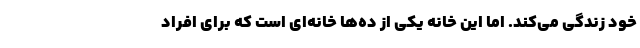
خود زندگی می‌کند. اما این خانه یکی از ده‌ها خانه‌ای است که برای افراد